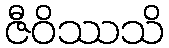
ဇီဝိဿသိ